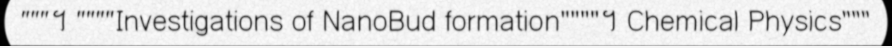
"""។ """"Investigations of NanoBud formation""""។ Chemical Physics"""